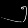
Digit: ၅